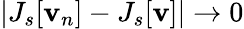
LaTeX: |J_{s}[\mathbf{v}_{n}]-J_{s}[\mathbf{v}]|\to 0